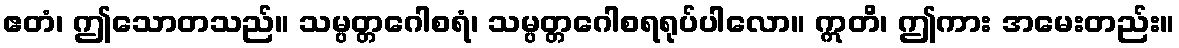
ဧတံ၊ ဤသောတသည်။ သမ္ပတ္တဂေါစရံ၊ သမ္ပတ္တဂေါစရရုပ်ပါလော။ ဣတိ၊ ဤကား အမေးတည်း။